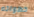
خطواته